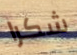
شكرا